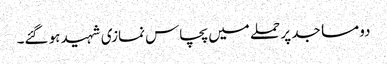
دو مساجد پر حملے میں پچاس نمازی شہید ہو گئے۔